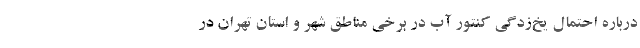
درباره احتمال یخ‌زدگی کنتور آب در برخی مناطق شهر و استان تهران در